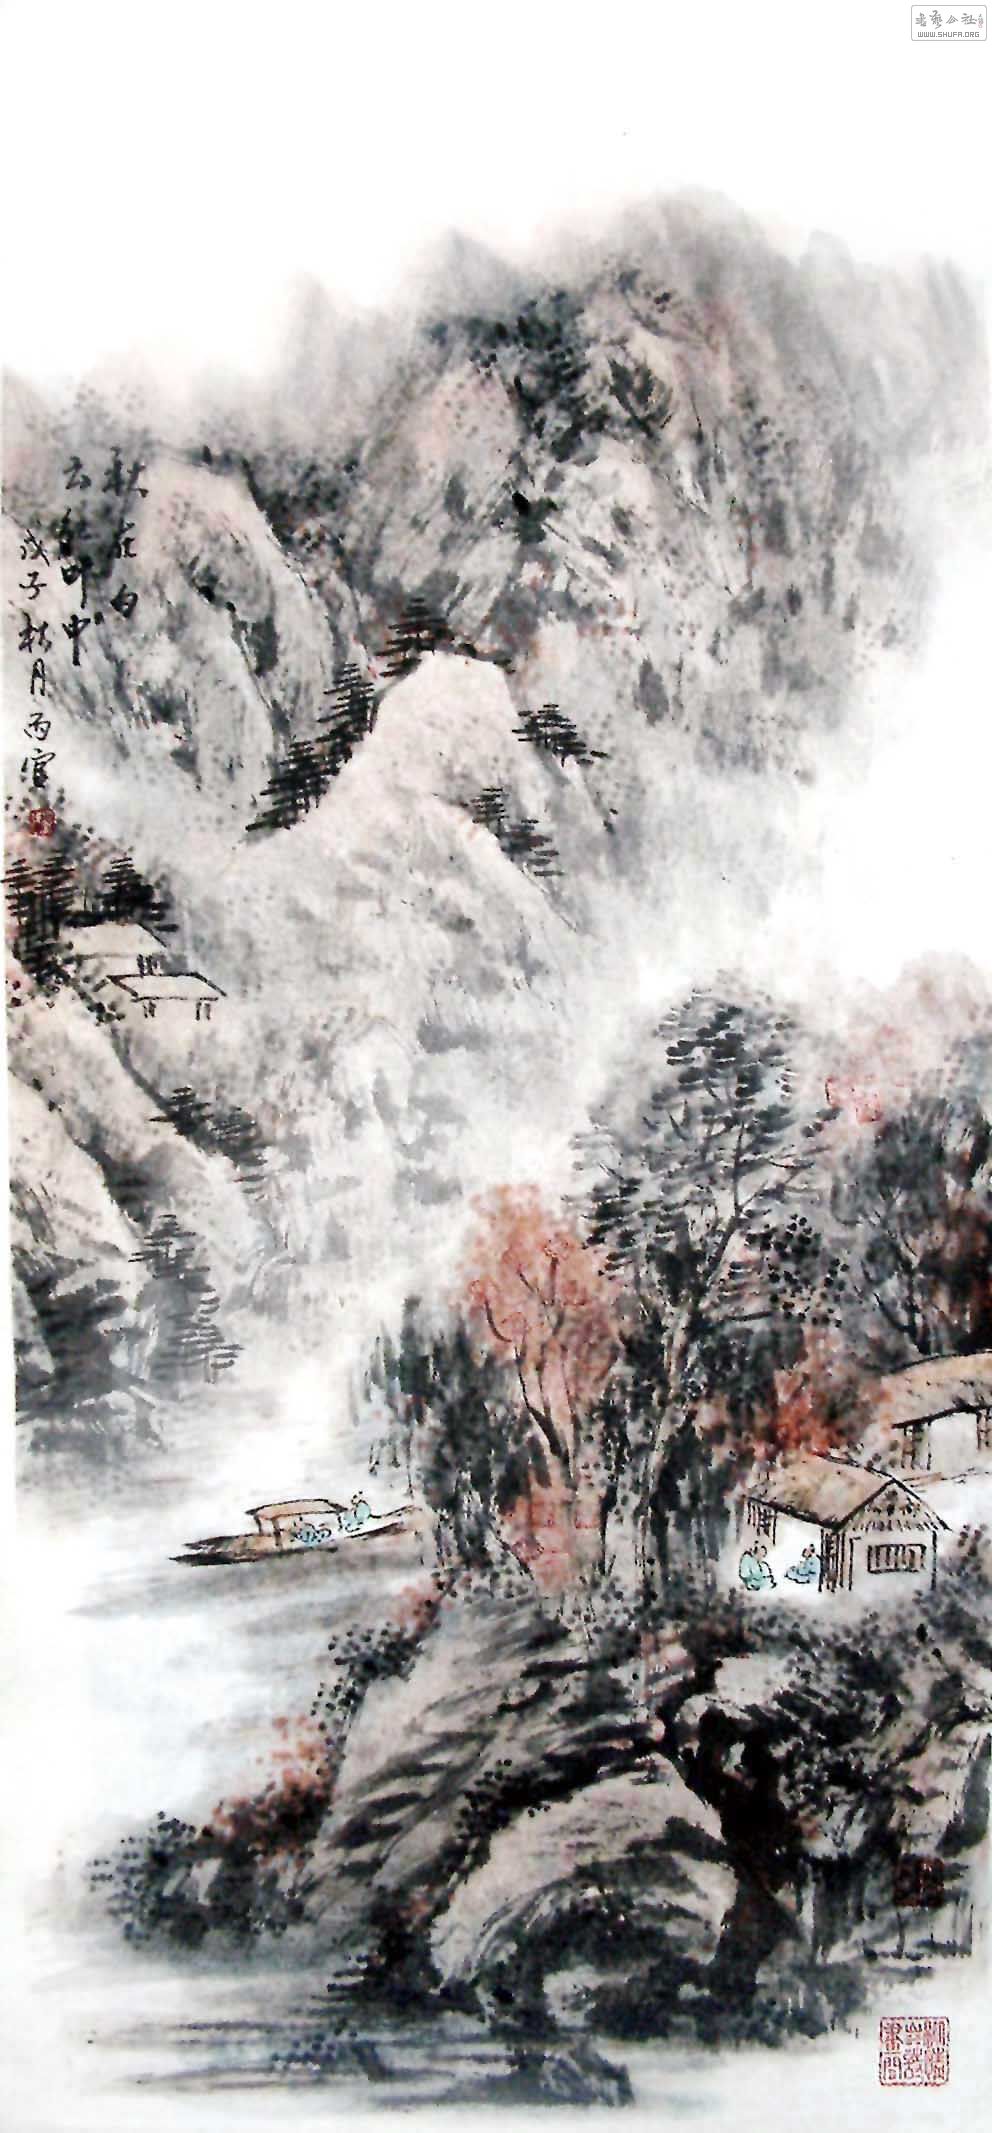
殊方日落玄猿哭，旧国霜前白雁来。